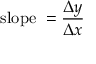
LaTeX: { \mathrm { s l o p e ~ } } = { \frac { \Delta y } { \Delta x } }